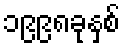
၁၉၉၈ခုနှစ်